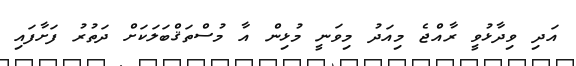
އަދި ވިދާޅުވީ ރާއްޖެ މިއަދު މިވަނީ މުޅިން އާ މުސްތަޤްބަލަކަށް ދަތުރު ފަށާފައި